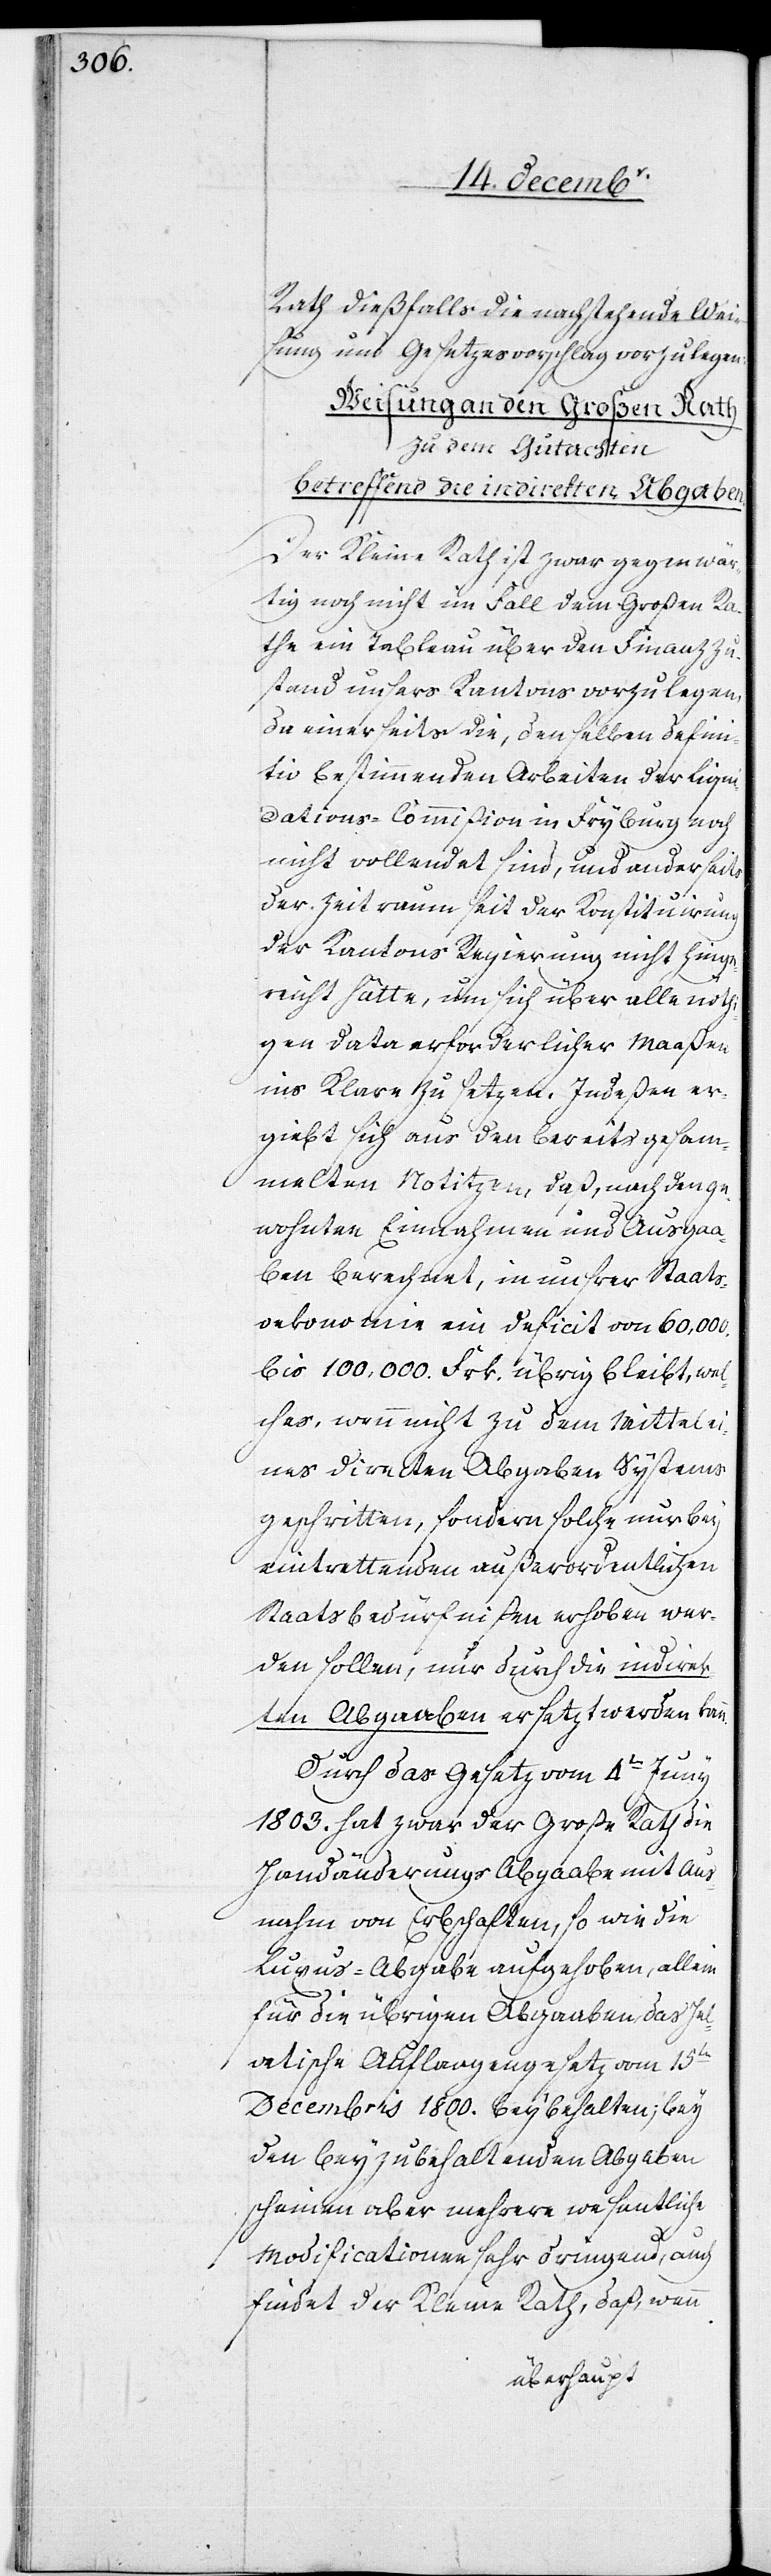
Rath dießfalls die nachstehende Weis¬
ung und Gesetzesvorschlag vorzulegen:
Weisung an den Großen Rath
zu dem Gutachten
betreffend die indirekten Abgaben.
Der Kleine Rath ist zwar gegenwär¬
tig noch nicht im Fall dem Großen Ra¬
the ein Tableau über den Finanzzu¬
stand unsers Kantons vorzulegen,
da einerseits die, denselben defini¬
tiv bestimmenden Arbeiten der Liqui¬
dations-Commißion in Fryburg noch
nicht vollendet sind, und anderseits
der Zeitraum seit der Konstituirung
der Kantons[-]Regierung nicht hinge¬
reicht hätte, um sich über alle nöth¬
igen Data erforderlicher maaßen
ins Klare zu setzen. Indeßen er¬
giebt sich aus den bereits gesam¬
melten Notitzen [sic!], daß, nach den ge¬
wohnten Einnahmen und Ausgaa¬
ben berechnet, in unsrer Staats¬
oekonomie ein Deficit von 60,000.
bis 100,000. Frk. übrig bleibt, wel¬
ches, wenn nicht zu dem Mittel ei¬
nes directen Abgaben[-]Systems
geschritten, sondern solche nur bey
eintrettenden außerordentlichen
Staatsbedürfnißen erhoben wer¬
den sollen, nur durch die indirek¬
ten Abgaaben ersatzt [sic!] werden kann.
Durch das Gesetz vom 4ten Juny
1803. hat zwar der Große Rath die
Handänderungs-Abgaabe mit Aus¬
nahm von Erbschaften, so wie die
Luxus-Abgabe aufgehoben, allein
für die übrigen Abgaaben das hel¬
vetische Auflaagengesetz vom 15ten
Decembris 1800. beybehalten, bey
den beyzubehaltenden Abgaben
scheinen aber mehrere wesentliche
Modificationen sehr dringend, auch
findet der Kleine Rath, daß, wenn